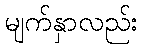
မျက်နှာလည်း